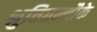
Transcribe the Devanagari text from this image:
श्रुतिग्रन्थौके